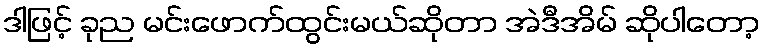
ဒါဖြင့် ခုည မင်းဖောက်ထွင်းမယ်ဆိုတာ အဲဒီအိမ် ဆိုပါတော့